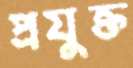
প্রযুক্ত